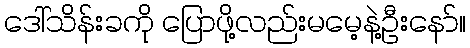
ဒေါ်သိန်းခကို ပြောဖို့လည်းမမေ့နဲ့ဦးနော်။